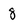
Character: 8